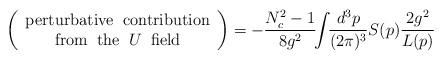
LaTeX: \begin{align*}\left(\begin{array}{c}{\rm perturbative\;\;contribution}\\{\rm from\;\;the\;\;}U\;\;{\rm field} \end{array}\right)=-\frac{N_c^2-1}{8g^2}\!\!\int\!\!\frac{d^3p}{(2\pi)^3}S(p)\frac{2g^2}{L(p)}\end{align*}